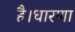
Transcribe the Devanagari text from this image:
है।धारणा